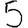
Digit: 5